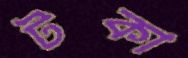
টকা